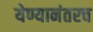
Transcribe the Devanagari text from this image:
येण्यानंतरच